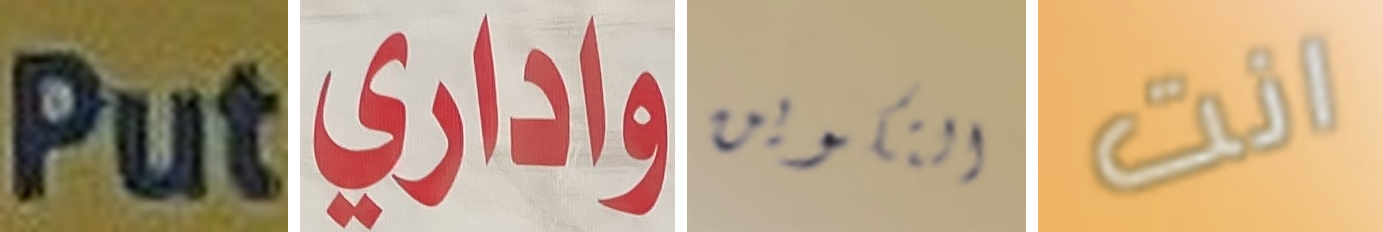
Put واداري التكوين انت